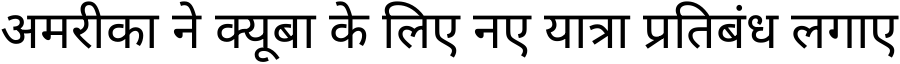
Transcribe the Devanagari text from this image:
अमरीका ने क्यूबा के लिए नए यात्रा प्रतिबंध लगाए